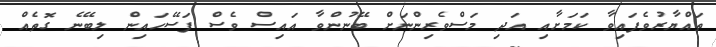
ތައްޔާރުވެފައިވާ ކަމަށާއި އަދި މަސްވެރިންނަށް ބޭނުންވާ އައިސް ވެސް ފަސޭހައިން ލިބޭނެ ގޮތެއް